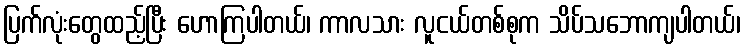
ပြက်လုံးတွေထည့်ပြီး ဟောကြပါတယ်၊ ကာလသား လူငယ်တစ်စုက သိပ်သဘောကျပါတယ်၊